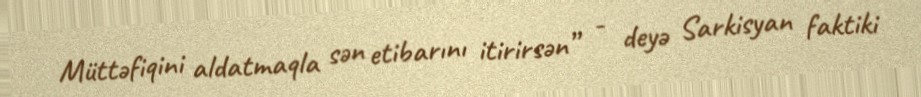
Müttəfiqini aldatmaqla sən etibarını itirirsən” - deyə Sarkisyan faktiki